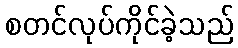
စတင်လုပ်ကိုင်ခဲ့သည်